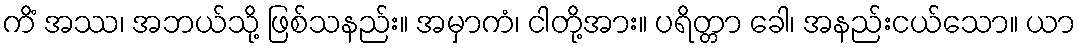
ကိံ အဿ၊ အဘယ်သို့ ဖြစ်သနည်း။ အမှာကံ၊ ငါတို့အား။ ပရိတ္တာ ခေါ၊ အနည်းငယ်သော။ ယာ